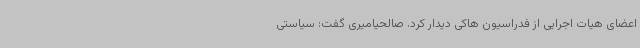
اعضای هیات اجرایی از فدراسیون هاکی دیدار کرد. صالحیامیری گفت: سیاستی